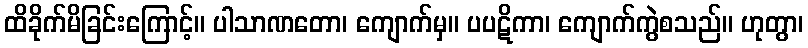
ထိခိုက်မိခြင်းကြောင့်။ ပါသာဏတော၊ ကျောက်မှ။ ပပဋိကာ၊ ကျောက်ကွဲစသည်။ ဟုတွာ၊